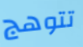
تتوهج